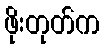
ဖိုးတုတ်က